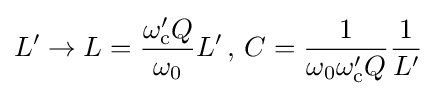
L'\to L={\frac {\omega _{\text{c}}'Q}{\omega _{0}}}L'\,,\,C={\frac {1}{\omega _{0}\omega _{\text{c}}'Q}}{\frac {1}{L'}}